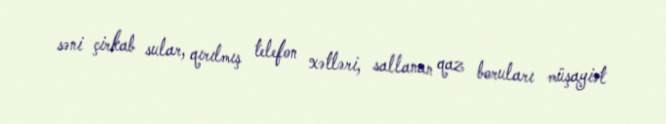
səni çirkab sular, qırılmış telefon xətləri, sallanan qaz boruları müşayiət